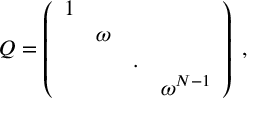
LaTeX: Q = \left( \begin{array} { c c c c } { { 1 } } & { { } } & { { } } & { { } } \\ { { } } & { { \omega } } & { { } } & { { } } \\ { { } } & { { } } & { { . } } & { { } } \\ { { } } & { { } } & { { } } & { { \omega ^ { N - 1 } } } \end{array} \right) \; , \; \; \; \; \; \;